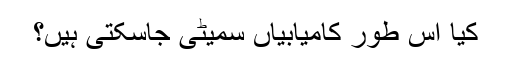
کیا اس طور کامیابیاں سمیٹی جاسکتی ہیں؟